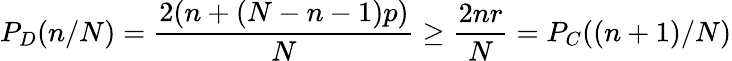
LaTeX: P_{D}(n/N)=\frac{2(n+(N-n-1)p)}{N}\geq\frac{2nr}{N}=P_{C}((n+1)/N)